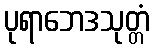
ပုရာဘေဒသုတ္တံ